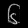
Digit: ၆